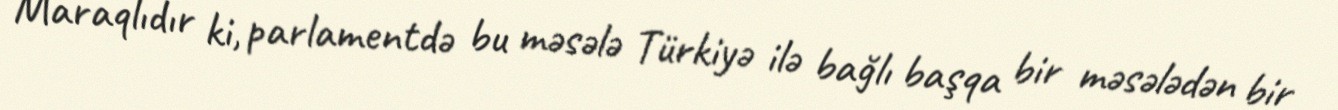
Maraqlıdır ki, parlamentdə bu məsələ Türkiyə ilə bağlı başqa bir məsələdən bir